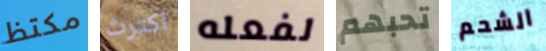
مكتظ اكترث لفعله تحبهم الشحم